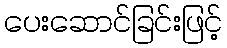
ပေးဆောင်ခြင်းဖြင့်